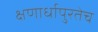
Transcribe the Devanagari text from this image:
क्षणार्धापुरतेच